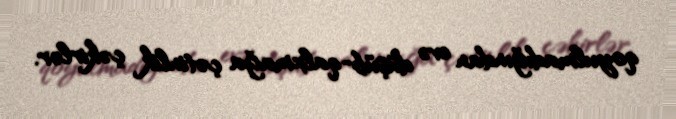
qoyulmadığından evə düşüb-qalxmağa çətinlik çəkirlər.